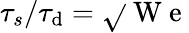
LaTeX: {\tau_{s}}/{\tau_{\mathrm{d}}}=\sqrt{}{{\mathrm{{~W~e~}}}}